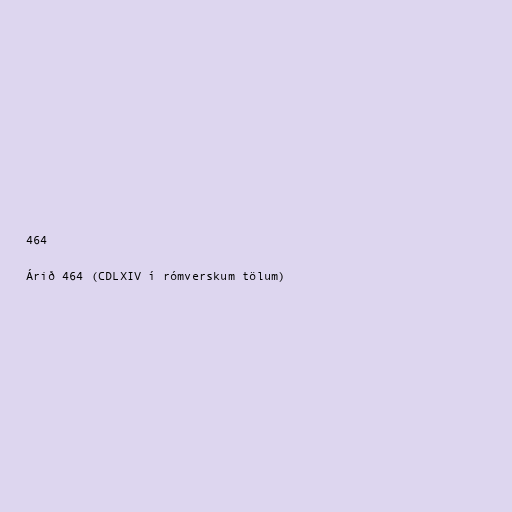
464

Árið 464 (CDLXIV í rómverskum tölum)